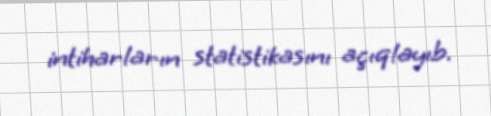
intiharların statistikasını açıqlayıb.